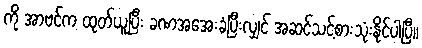
ကို အာဗင်က ထုတ်ယူပြီး ခဏအအေးခံပြီးလျှင် အဆင်သင့်စားသုံးနိုင်ပါပြီ။